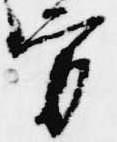
方